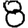
Digit: 8